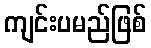
ကျင်းပမည်ဖြစ်